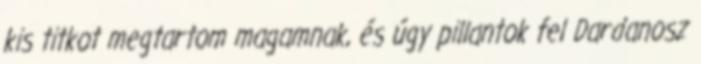
kis titkot megtartom magamnak, és úgy pillantok fel Dardanosz